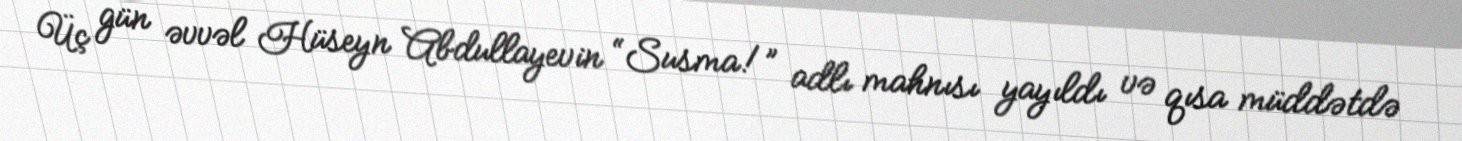
Üç gün əvvəl Hüseyn Abdullayevin “Susma!” adlı mahnısı yayıldı və qısa müddətdə